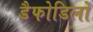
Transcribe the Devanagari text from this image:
डैफोडिलों